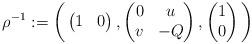
LaTeX: \begin{align*}\rho^{-1} := \bigg(\begin{pmatrix} 1 & 0\end{pmatrix}, \begin{pmatrix} 0 & u\\ v & -Q\end{pmatrix}, \begin{pmatrix} 1\\ 0 \end{pmatrix}\bigg)\end{align*}